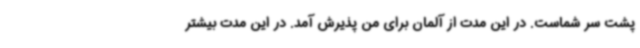
پشت سر شماست. در این مدت از آلمان برای من پذیرش آمد. در این مدت بیشتر